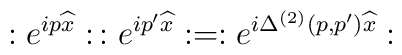
:e^{ip\widehat{x}}: \,:e^{ip^{\prime}\widehat{x}}: = :e^{i\Delta^{(2)}(p,p^{\prime})\widehat{x}}: